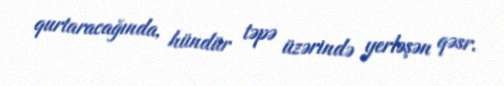
qurtaracağında, hündür təpə üzərində yerləşən qəsr.